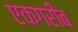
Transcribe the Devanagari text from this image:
एकगरीब